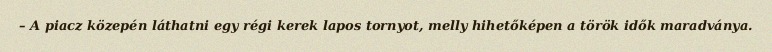
– A piacz közepén láthatni egy régi kerek lapos tornyot, melly hihetőképen a török idők maradványa.